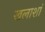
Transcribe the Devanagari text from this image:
खलाशां